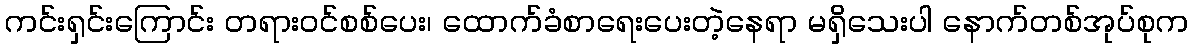
ကင်းရှင်းကြောင်း တရားဝင်စစ်ပေး၊ ထောက်ခံစာရေးပေးတဲ့နေရာ မရှိသေးပါ နောက်တစ်အုပ်စုက